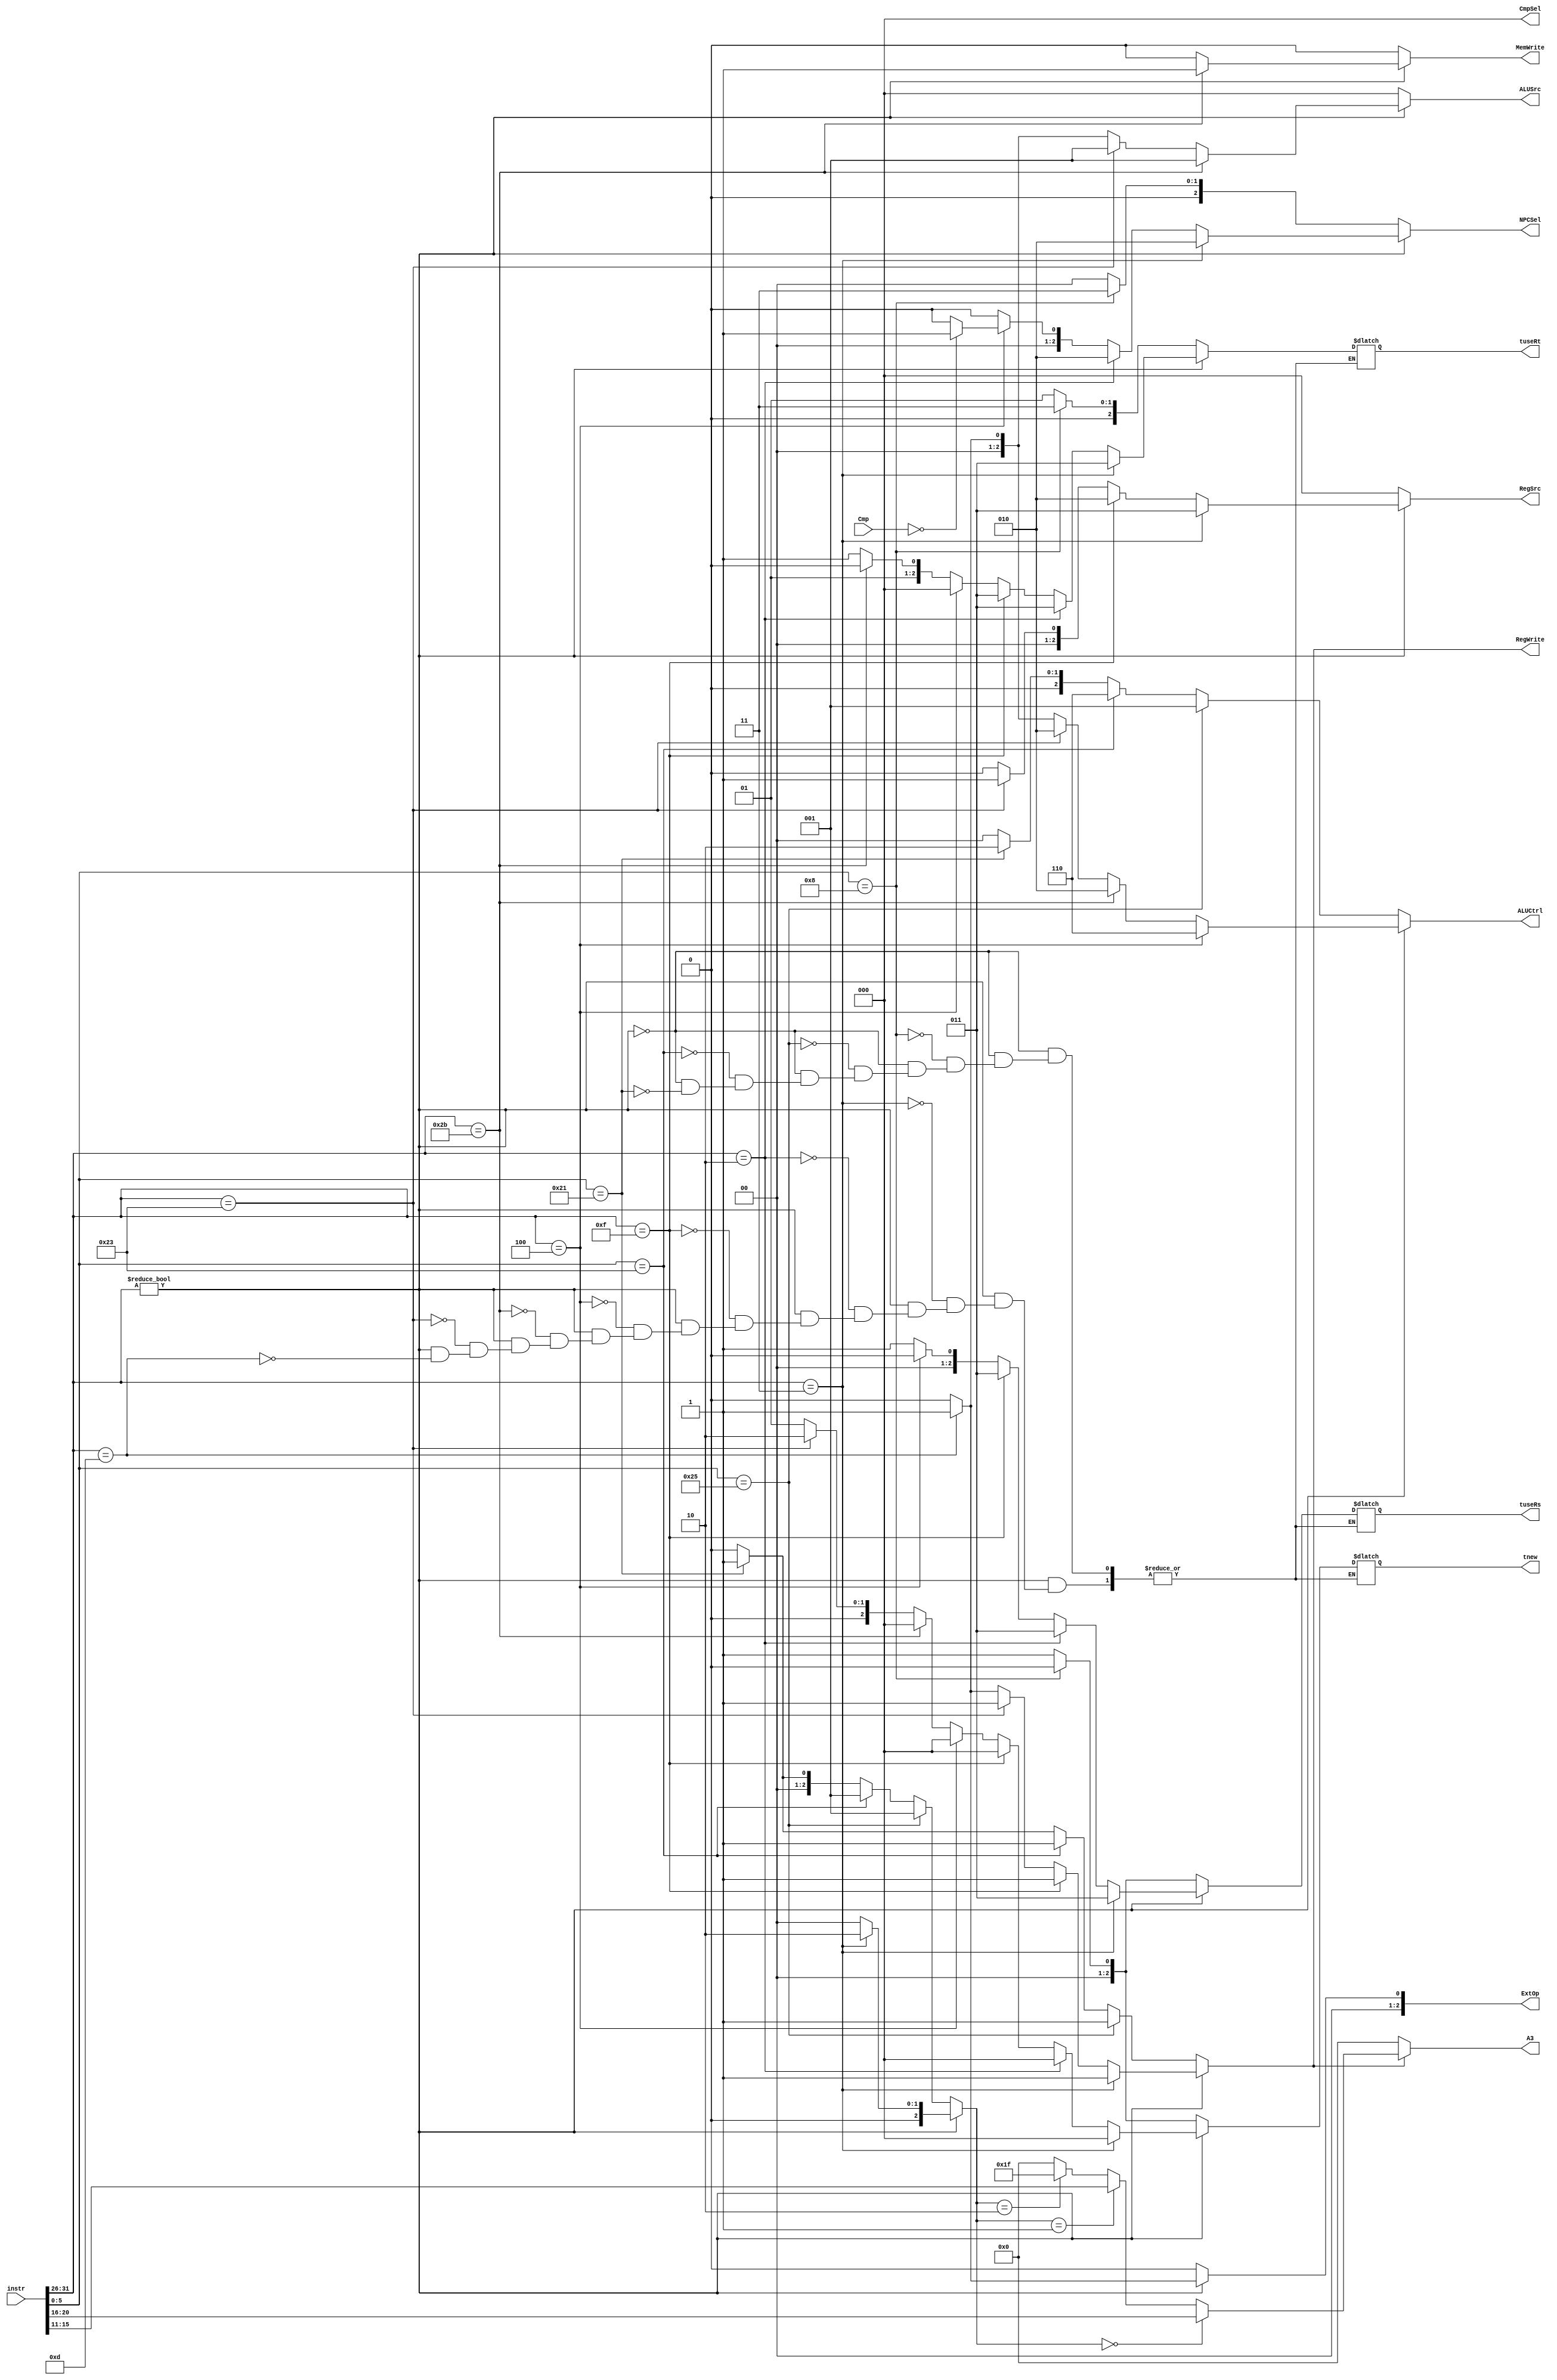
`timescale 1ns / 1ps
//////////////////////////////////////////////////////////////////////////////////
// Company: 
// Engineer: 
// 
// Design Name: 
// Module Name:    Controller 
// Project Name: 
// Target Devices: 
// Tool versions: 
// Description: 
//
// Dependencies: 
//
// Revision: 
// Revision 0.01 - File Created
// Additional Comments: 
//
//////////////////////////////////////////////////////////////////////////////////
module Controller(
	input [2:0] Cmp,
	input [31:0] instr,
	output reg [2:0] RegSrc,
	output reg RegWrite,
	output reg MemWrite,
	output reg [2:0] ALUSrc,
	output reg [2:0] ALUCtrl,
	output reg [2:0] NPCSel,
	output reg [2:0] ExtOp,
	output reg [2:0] tnew,
	output reg [2:0] tuseRs,
	output reg [2:0] tuseRt,
	output reg [4:0] A3,
	output reg [2:0] CmpSel
    );
	
	reg [4:0] rt,rd;
	reg [5:0] opcode,funct;
	reg [2:0] RegDst;
	
	always@(*)begin
	
		opcode=instr[31:26];
		funct=instr[5:0];
		rt=instr[20:16];
		rd=instr[15:11];		
		RegDst=0;
		RegSrc=0;
		RegWrite=0;
		MemWrite=0;
		ALUSrc=0;
		ALUCtrl=0;
		NPCSel=0;
		ExtOp=0;
		CmpSel=0;
		
		if(opcode)begin
			if(opcode==32'b001101)begin //ori
				RegWrite=1;
				ALUSrc=1;
				ALUCtrl=1;
				ExtOp=1;
				tuseRs=1;
				tuseRt=3;
				tnew=1;
			end
			if(opcode==32'b100011)begin //lw
				RegSrc=1;
				RegWrite=1;
				ALUSrc=1;
				ALUCtrl=2;
				tuseRs=1;
				tuseRt=3;
				tnew=2;
			end
			if(opcode==32'b101011)begin //sw
				MemWrite=1;
				ALUSrc=1;
				ALUCtrl=2;
				tuseRs=1;
				tuseRt=2;
				tnew=0;
			end
			if(opcode==32'b000100)begin //beq 
				ALUCtrl=6;
				tuseRs=0;
				tuseRt=0;
				tnew=0;
				if(Cmp==0)begin
					NPCSel=1;
				end
			end
			if(opcode==32'b001111)begin //lui
				RegSrc=2;
				RegWrite=1;
				tuseRs=3;
				tuseRt=3;
				tnew=0;
			end
			if(opcode==32'b000010)begin //j 
				NPCSel=2;
				tuseRs=3;
				tuseRt=3;
				tnew=0;
			end
			if(opcode==32'b000011)begin //jal
				RegDst=2;
				RegSrc=3;
				RegWrite=1;
				NPCSel=2;
				tuseRs=3;
				tuseRt=3;
				tnew=0;
			end
		end
		else begin
			if(funct==32'b100001)begin	//addu
				RegDst=1;
				RegWrite=1;
				ALUCtrl=2;
				tuseRs=1;
				tuseRt=1;
				tnew=1;
			end
			if(funct==32'b100011)begin //subu
				RegDst=1;
				RegWrite=1;
				ALUCtrl=6;
				tuseRs=1;
				tuseRt=1;
				tnew=1;
			end
			if(funct==32'b100101)begin //or
				RegDst=1;
				RegWrite=1;
				ALUCtrl=1;
				tuseRs=1;
				tuseRt=1;
				tnew=1;
			end
			if(funct==32'b001000)begin //jr
				NPCSel=3;
				tuseRs=0;
				tuseRt=3;
				tnew=0;
			end
		end
		
		A3=(RegWrite==0)?0:
			(RegDst==0)?rt:
			(RegDst==1)?rd:
			(RegDst==2)?31:0;
		
	end

	
endmodule